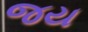
જય